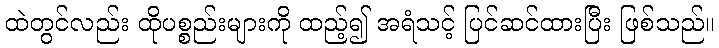
ထဲတွင်လည်း ထိုပစ္စည်းများကို ထည့်၍ အရံသင့် ပြင်ဆင်ထားပြီး ဖြစ်သည်။